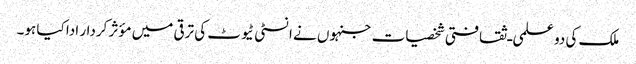
ملک کی دو علمی ـ ثقافتی شخصیات جنہوں نے انسٹی ٹیوٹ کی ترقی میں مؤثر کردار ادا کیا ہو۔